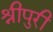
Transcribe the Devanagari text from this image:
श्रीपुरी